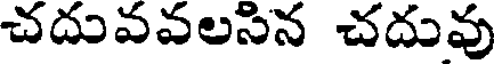
చదువవలసిన చదువు